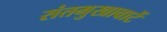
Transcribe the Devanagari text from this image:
संतमुखावाटें